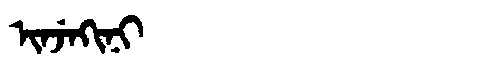
Manchu: ᡳᠨᠵᡝᡴᡳᠨᡳ
Romanization: INJEKINI